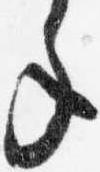
年